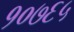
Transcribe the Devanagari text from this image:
१०७६५